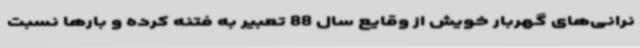
نرانی‌های گهربار خویش از وقایع سال 88 تعبیر به فتنه کرده و بارها نسبت